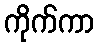
ကိုက်ကာ